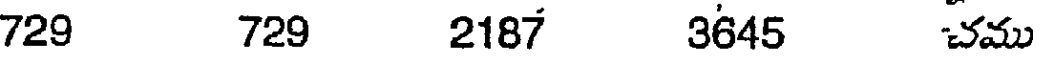
729 729 2187 3645 చము